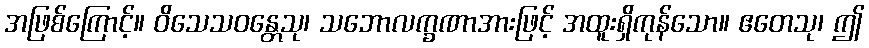
အဖြစ်ကြောင့်။ ဝိသေသဝန္တေသု၊ သဘောလက္ခဏာအားဖြင့် အထူးရှိကုန်သော။ ဧတေသု၊ ဤ